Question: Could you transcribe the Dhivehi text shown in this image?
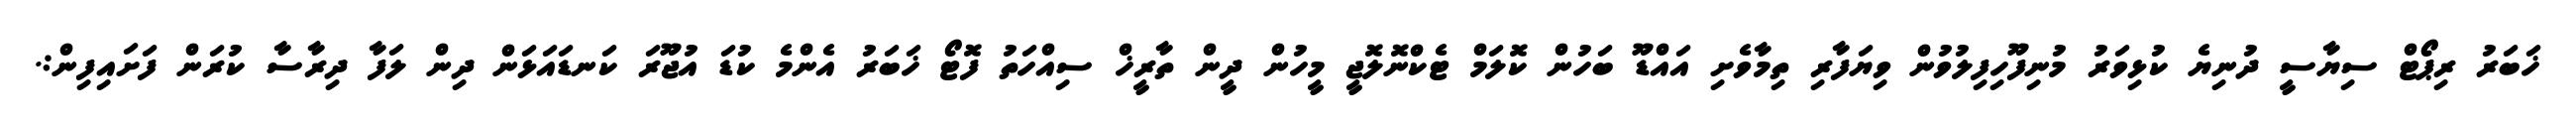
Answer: ޚަބަރު ރިޕޯޓް ސިޔާސީ ދުނިޔެ ކުޅިވަރު މުނިފޫހިފިލުވުން ވިޔަފާރި ތިމާވެށި އައްޑޫ ބަހުން ކޮލަމް ޓެކްނޮލޮޖީ މީހުން ދީން ތާރީޚް ސިއްހަތު ފޮޓޯ ޚަބަރު އެންމެ ކުޑަ އުޖޫރަ ކަނޑައަޅަން ދިން ލަފާ ދިރާސާ ކުރަން ފަށައިފިން:.